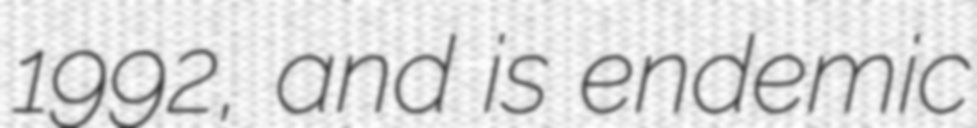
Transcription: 1992, and is endemic